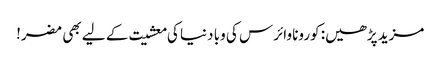
مزید پڑھیں: کورونا وائرس کی وبا دنیا کی معشیت کے لیے بھی مضر!